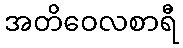
အတိဝေလစာရီ